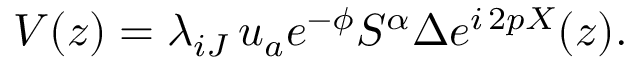
V ( z ) = \lambda _ { i J } \, u _ { a } e ^ { - \phi } { S ^ { \alpha } } \Delta e ^ { i \, 2 p X } ( z ) .